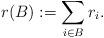
LaTeX: \begin{align*} r(B):=\sum_{i\in B}r_i.\end{align*}